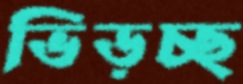
ভিড়চ্ছ